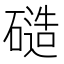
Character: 𬒝